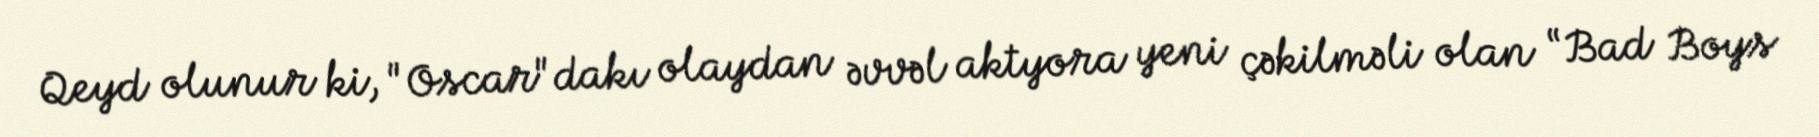
Qeyd olunur ki, "Oscar"dakı olaydan əvvəl aktyora yeni çəkilməli olan “Bad Boys